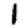
Digit: 1